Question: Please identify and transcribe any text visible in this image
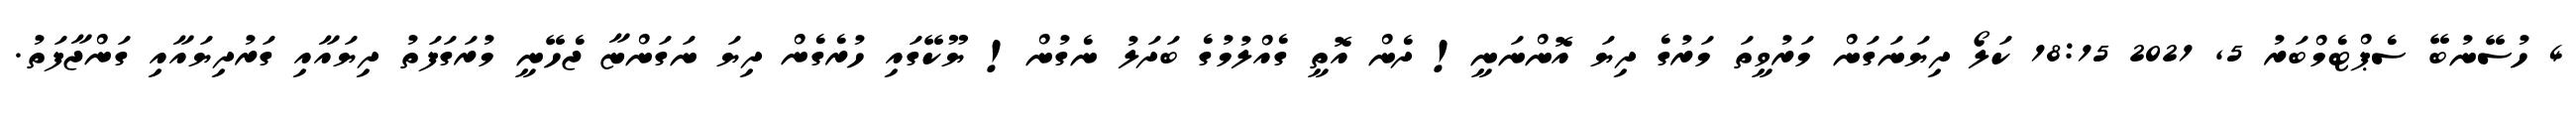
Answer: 4 ހުސޭނުބޭ ސެޕްޓެމްބަރު 5, 2021 18:15 ކަލޯ ދިޔަނަގަން މަރުވީތަ މަރުގެ ދިޔަ އޮންނަނީ! ދެން އޮތީ ގެއްލުމުގެ ބަދަލު ނެގުން! ޔޫކޭގައި ހުރެގެން ދިޔަ ނަގަންޏާ ޖެހޭނީ މުރަގަފަތު ދިޔައާއި ގަރުދިޔައާއި ގަންޖާފަތު.